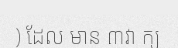
) ដែល មាន ៣វា ក្យ